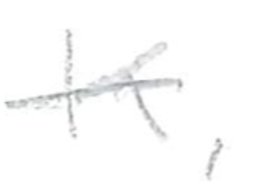
Text: K,
Cross-out: single-line
Writing tool: pencil